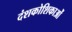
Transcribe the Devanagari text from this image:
दंशकोशिकाओं